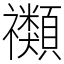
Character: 禷